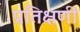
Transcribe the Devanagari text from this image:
प्रतिक्षणीं